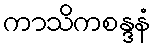
ကာသိကစန္ဒနံ